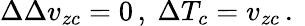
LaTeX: \Delta\Delta v_{zc}=0\, ,\ \Delta{T}_{c}=v_{zc}\, .\